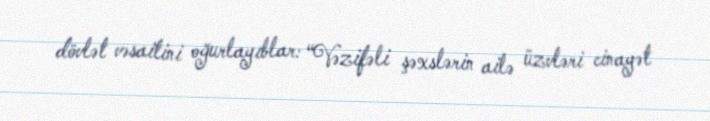
dövlət vəsaitini oğurlayıblar: “Vəzifəli şəxslərin ailə üzvləri cinayət